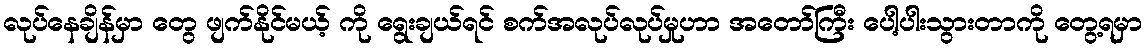
လုပ်နေချိန်မှာ တွေ ဖျက်နိုင်မယ့် ကို ရွေးချယ်ရင် စက်အလုပ်လုပ်မှုဟာ အတော်ကြီး ပေါ့ပါးသွားတာကို တွေ့ရမှာ